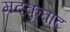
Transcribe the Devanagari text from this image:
मदकूघाट